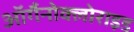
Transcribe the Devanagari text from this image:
ऑर्गैनोक्लोराइड